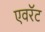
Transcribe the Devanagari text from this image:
एवरॅट